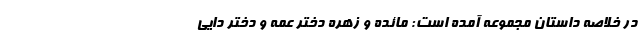
در خلاصه داستان مجموعه آمده است: مائده و زهره دختر عمه و دختر دایی